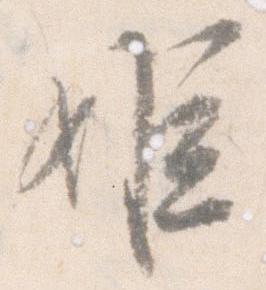
姫